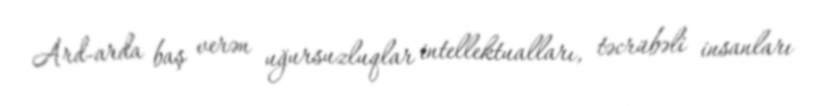
Ard-arda baş verən uğursuzluqlar intellektualları, təcrübəli insanları